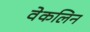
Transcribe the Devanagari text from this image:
वेकलिन